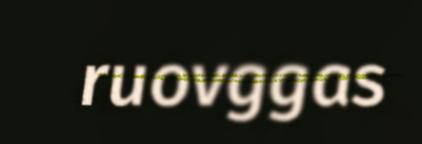
ruovggas